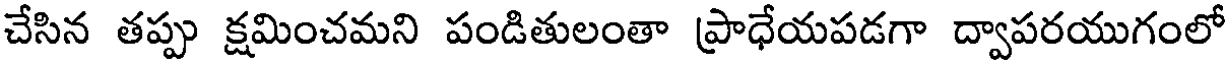
చేసిన తప్పు క్షమించమని పండితులంతా ప్రాధేయపడగా ద్వాపరయుగంలో